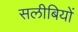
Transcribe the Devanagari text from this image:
सलीबियों